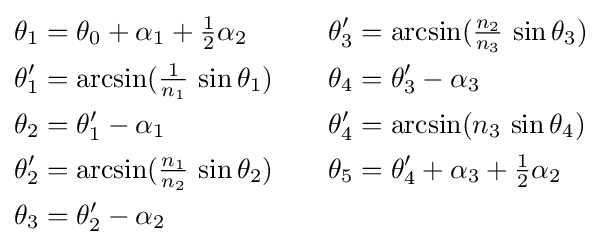
{\begin{aligned}\theta _{1}&=\theta _{0}+\alpha _{1}+{\tfrac {1}{2}}\alpha _{2}&\theta '_{3}&=\arcsin({\tfrac {n_{2}}{n_{3}}}\,\sin \theta _{3})\\\theta '_{1}&=\arcsin({\tfrac {1}{n_{1}}}\,\sin \theta _{1})\quad &\theta _{4}&=\theta '_{3}-\alpha _{3}\\\theta _{2}&=\theta '_{1}-\alpha _{1}&\theta '_{4}&=\arcsin(n_{3}\,\sin \theta _{4})\\\theta '_{2}&=\arcsin({\tfrac {n_{1}}{n_{2}}}\,\sin \theta _{2})&\theta _{5}&=\theta '_{4}+\alpha _{3}+{\tfrac {1}{2}}\alpha _{2}\\\theta _{3}&=\theta '_{2}-\alpha _{2}\end{aligned}}